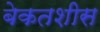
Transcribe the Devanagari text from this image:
बेकतशीस